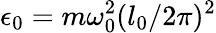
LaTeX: \epsilon_{0}=m\omega_{0}^{2}(l_{0}/2\pi)^{2}